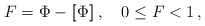
\begin{align*} F=\Phi-[\![\Phi]\!]\,,\quad 0\leq F < 1\,,\end{align*}